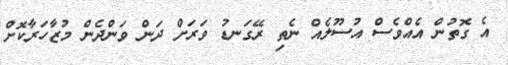
އެ ގޮތުން އެއްވެސް އުސޫލެއް ނެތި ރޭގަނޑު ވަރަށް ދަން ވަންދެން މުޒާހަރާކޮށް